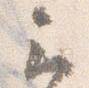
云